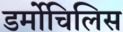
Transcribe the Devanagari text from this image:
डर्मोचिलिस